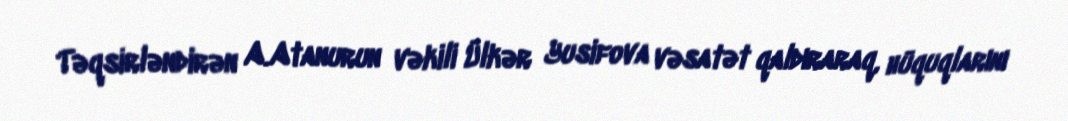
Təqsirləndirən A.Atanurun vəkili Ülkər Yusifova vəsatət qaldıraraq, hüquqlarını